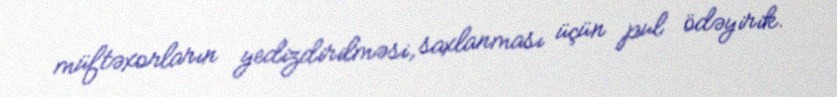
müftəxorların yedizdirilməsi, saxlanması üçün pul ödəyirik.